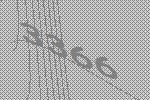
3366